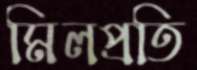
মিলপ্রতি